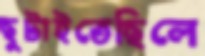
ছুটাইতেছিলে